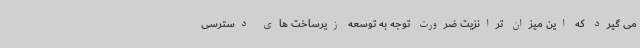
می گیرد که این میزان ترانزیت ضرورت توجه به توسعه زیرساخت های دسترسی